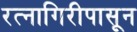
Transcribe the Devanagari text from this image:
रत्‍नागिरीपासून